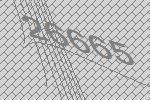
26665